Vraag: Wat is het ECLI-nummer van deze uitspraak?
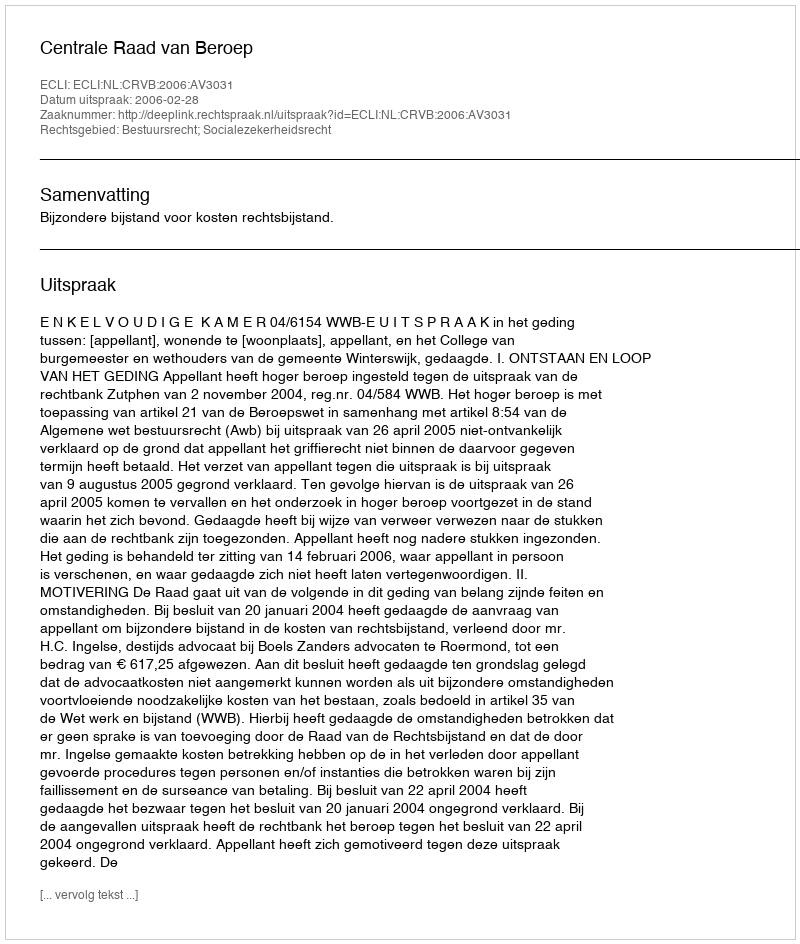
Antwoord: ECLI:NL:CRVB:2006:AV3031